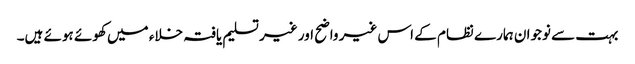
بہت سے نوجوان ہمارے نظام کے اس غیر واضح اور غیر تسلیم یافتہ خلاء میں کھوئے ہوئے ہیں۔